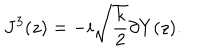
J ^ { 3 } ( z ) = - i \sqrt { \frac { k } { 2 } } \partial Y ( z ) .